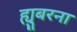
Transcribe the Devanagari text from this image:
ह्युबरना